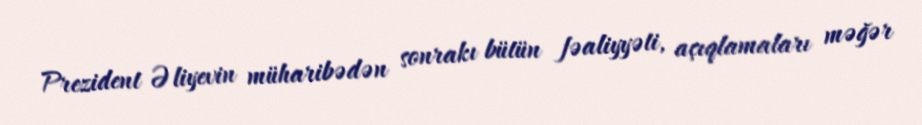
Prezident Əliyevin müharibədən sonrakı bütün fəaliyyəti, açıqlamaları məğər